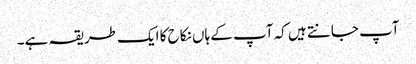
آپ جانتے ہیں کہ آپ کے ہاں نکاح کا ایک طریقہ ہے۔